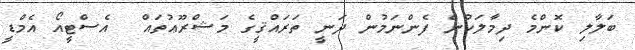
ބަލާލި ކޮންމެ ދިމާލަކުން ފެންނަމުން ދަނީ ތަރައްޤީގެ މަޝްރޫޢުތައް  އެސްޓީއޯ އެމްޑީ